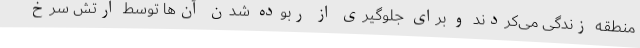
منطقه زندگی می‌کردند و برای جلوگیری از ربوده شدن آن‌ها توسط ارتش سرخ